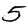
Digit: 5